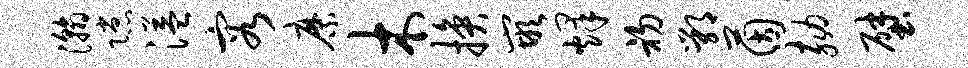
瀚隙溢容縻木换嵌烽初鄂茵劾壁